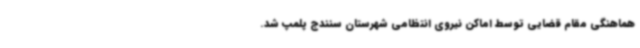
هماهنگی مقام قضایی توسط اماکن نیروی انتظامی شهرستان سنندج پلمپ شد.